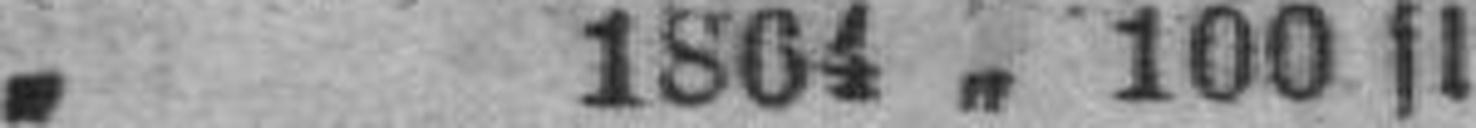
„ 1864 „ 100 fl.